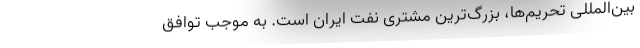
بین‌المللی تحریم‌ها، بزرگ‌ترین مشتری نفت ایران است. به موجب توافق